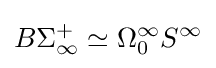
B\Sigma _{\infty }^{+}\simeq \Omega _{0}^{\infty }S^{\infty }